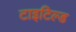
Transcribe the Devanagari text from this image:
टाइटिल्ड